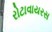
રોટાવાયરસ